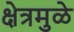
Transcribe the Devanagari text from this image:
क्षेत्रमुळे